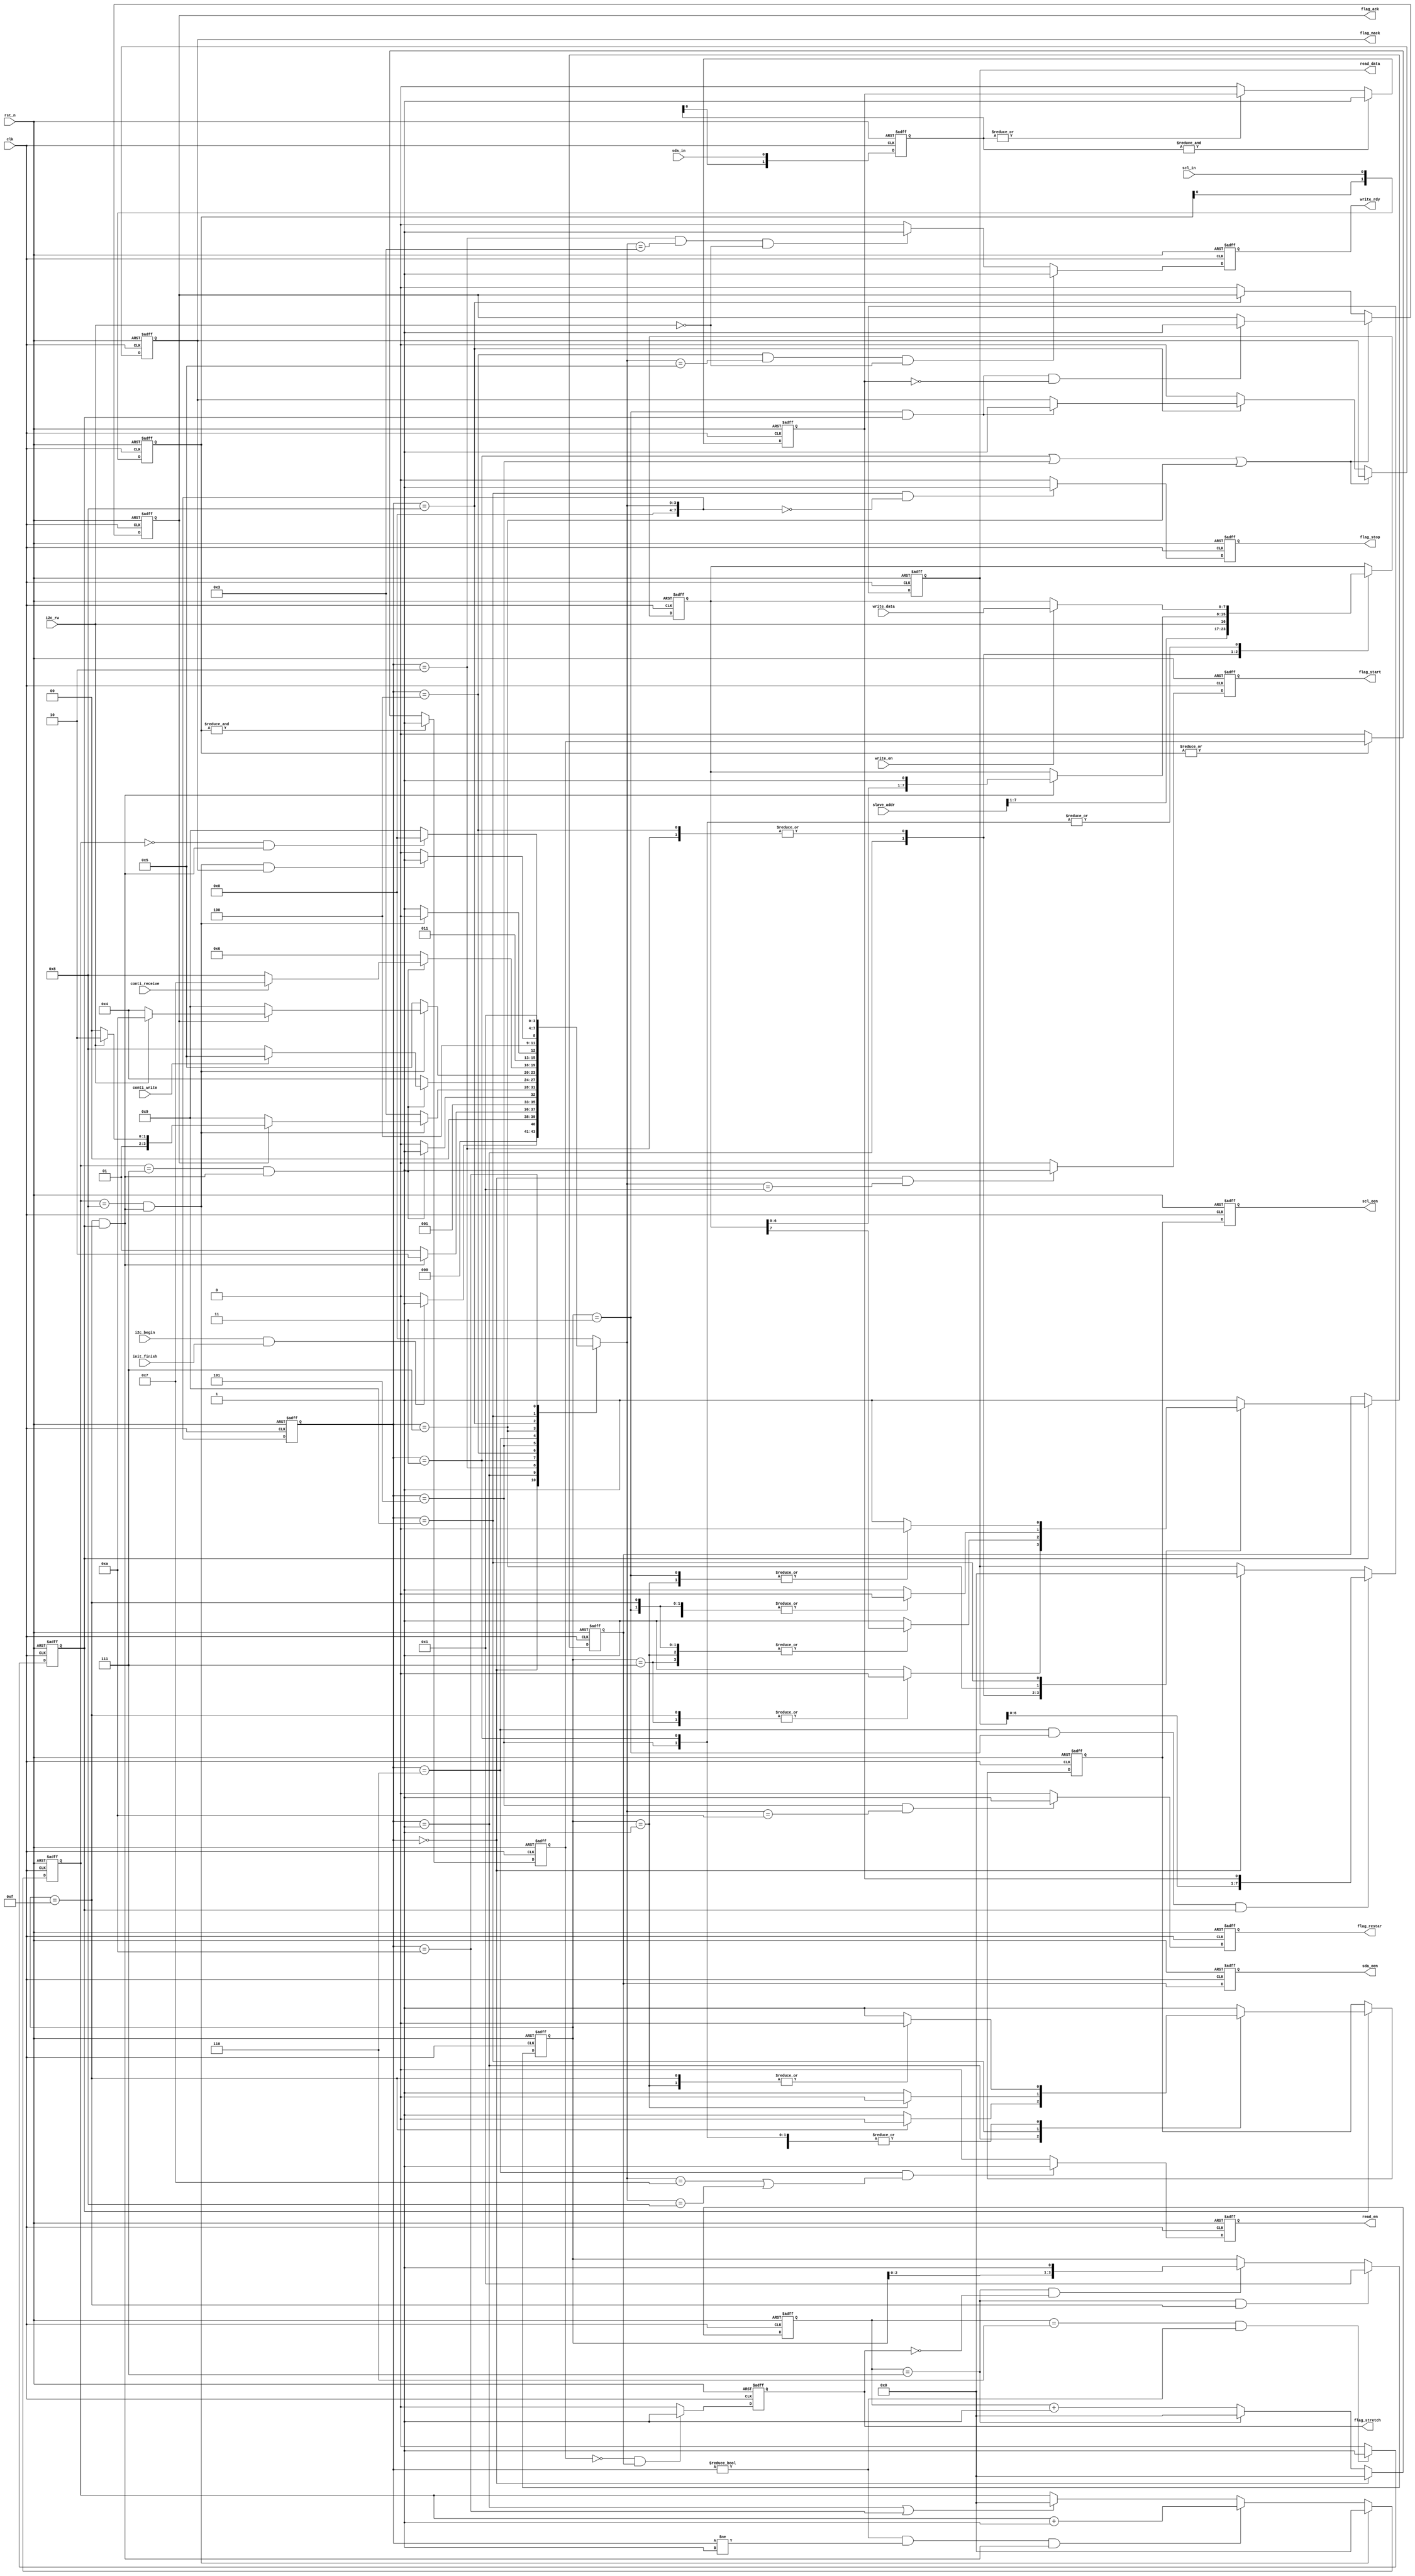
`timescale 1ns/1ns

module i2c_master
#(
    parameter FILTER = 1,
    parameter FILTER_WIDTH = 2,
    parameter U_DLY = 1,
    parameter PRESCALER = 7 //400KHz = 2500ns = 1250ns *2 = 83ns *15 *2 = 312.5ns *4 *2 = 4*clk(83ns) *4 *2 = 30*clk(10ns) *4 *2
                            //400KHz = 1250ns *2 = 156.25ns *8 *2 = 2*clk(83ns) *8 *2
)
(
    input   wire        clk           , 
    input   wire        rst_n         ,

    input   wire        init_finish   , //

    input   wire        scl_in        ,
    output  reg         scl_oen       ,
    input   wire        sda_in        ,
    output  reg         sda_oen       ,

    input   wire [7:0]  slave_addr    , //8bit0,i2c_rw
    input   wire        i2c_rw        , //i2c 1 0:
    input   wire        i2c_begin     , //i2c

    input   wire        conti_write   , //
    input   wire        conti_receive , //

    input   wire [7:0]  write_data    , // send data
    input   wire        write_en      , //
    output  reg         write_rdy     , //

    output  reg  [7:0]  read_data     , //
    output  reg         read_en       , //

    output  reg         flag_start    ,
    output  reg         flag_restar   ,
    output  reg         flag_ack      ,
    output  reg         flag_nack     ,
    output  reg         flag_stretch  ,
    output  reg         flag_stop
);

/*
always @(posedge clk or negedge rst_n) 
begin
    if(rst_n == 1'b0) begin
    
    end
    else begin

    end
end
*/

reg [3:0]   i2c_begin_dly ;
reg [3:0]   scl_cnt       ; //scl
reg [7:0]   cnt_clk       ; //scl
reg         clk_en        ; //scl_cnt
reg [7:0]   num_bit       ; //
reg [7:0]   data_send     ; //
reg         scl_oen_pre   ; //scl
reg         sda_oen_pre   ; //sda

wire        scl_filter    ; //scl
wire        sda_filter    ; //sda
wire        i2c_begin_sig ; //i2c
wire        bit_end       ; //i2cbit

reg [7:0]   curr_state    ; // 
reg [7:0]   next_state    ; // 

localparam STATE_IDLE    = 4'h0;
localparam STATE_START   = 4'h1;
localparam STATE_ADDR    = 4'h2;
localparam STATE_ACK0    = 4'h3;
localparam STATE_WR_DAT  = 4'h4;
localparam STATE_ACK1    = 4'h5;
localparam STATE_RD_DAT  = 4'h6;
localparam STATE_ACK2    = 4'h7;
localparam STATE_NACK    = 4'h8;
localparam STATE_STOP    = 4'h9; 
localparam STATE_RESTART = 4'ha;


//**************************************************************************
//                
//**************************************************************************

always @(posedge clk or negedge rst_n) 
begin
    if(rst_n == 1'b0) begin
        curr_state <= #U_DLY STATE_IDLE;
    end
    else begin
        curr_state <= #U_DLY next_state;
    end
end

always @(*) 
begin
    case(curr_state)
        STATE_IDLE: begin //8'h0
            if(i2c_begin_sig == 1'b1 && init_finish==1'b1)
                next_state = STATE_START;
            else
                next_state = STATE_IDLE;
        end
        STATE_START: begin //8'h1
            if(scl_cnt[3:0] == 4'b1111 && clk_en == 1'b1)
                next_state = STATE_ADDR;
            else
                next_state = STATE_START;
        end
        STATE_ADDR: begin //8'h2
            if( num_bit[7:0] == 8'h7 && bit_end == 1'b1)
                next_state = STATE_ACK0;
            else
                next_state =STATE_ADDR;
        end
        STATE_ACK0: begin //8'h3
            if(num_bit[7:0] == 8'h8 && bit_end ==1'b1) begin
                if (flag_ack == 1'b1) begin
                    if(i2c_rw == 1'b0)
                        next_state = STATE_WR_DAT;
                    else    
                        next_state = STATE_RD_DAT;
                end
                else begin
                    next_state = STATE_STOP;
                end
            end
            else begin
                next_state = STATE_ACK0;
            end
        end
        STATE_WR_DAT: begin //8'h4
            if(num_bit[7:0] == 8'h7 && bit_end == 1'b1) begin
                if(conti_write == 1'b1)
                    next_state = STATE_ACK1;
                else
                    next_state = STATE_NACK;
            end
            else
                next_state =STATE_WR_DAT;
        end
        STATE_ACK1: begin //8'h5
            if(num_bit[7:0] == 8'h8 && bit_end ==1'b1) begin 
                if(flag_ack == 1'b1) begin //slave
                    if(i2c_rw == 1'b0) //
                        next_state = STATE_WR_DAT;
                    else //restart
                        next_state = STATE_RESTART;
                end
                else begin //slave
                    next_state = STATE_STOP;
                end
            end
            else begin
                next_state = STATE_ACK1;
            end
        end
        STATE_RD_DAT: begin //8'h6
            if(num_bit[7:0] == 8'h7 && bit_end == 1'b1) begin
                if(conti_receive == 1'b1)
                    next_state = STATE_ACK2;
                else
                    next_state = STATE_NACK;
            end
            else
                next_state = STATE_RD_DAT;
        end
        STATE_ACK2: begin //8'h7
            if(num_bit[7:0] == 8'h8 && bit_end ==1'b1)
                next_state = STATE_RD_DAT;
            else
                next_state = STATE_ACK2;
        end
        STATE_NACK: begin //8'h8
            if(num_bit[7:0]==8'h8 && bit_end ==1'b1 && flag_nack == 1'b1)
                next_state = STATE_STOP;
            else
                next_state = STATE_NACK;
        end
        STATE_STOP: begin //8'h9
            if(num_bit[7:0]==8'h0 && bit_end == 1'b1)
                next_state = STATE_IDLE;
            else
                next_state = STATE_STOP;
        end
        STATE_RESTART: begin //8'ha restartstart
            next_state = STATE_START;
        end
        default: next_state = STATE_IDLE;
    endcase
end


//sclsda
//i2c bitSCLSCL
/*
            ____
      \____/    \
*/
always @(posedge clk or negedge rst_n) 
begin
    if(rst_n == 1'b0) begin
        scl_oen_pre <= #U_DLY 1'b1;
        sda_oen_pre <= #U_DLY 1'b1;
    end
    else if(clk_en == 1'b1) begin
        case(curr_state) 
            STATE_START: begin
                case(scl_cnt[3:0])
                    4'b0001: begin
                        scl_oen_pre <= #U_DLY 1'b1;
                        sda_oen_pre <= #U_DLY 1'b1;
                    end
                    4'b0011: begin
                        scl_oen_pre <= #U_DLY 1'b1;
                        sda_oen_pre <= #U_DLY 1'b1;
                    end
                    4'b0111: begin
                        scl_oen_pre <= #U_DLY 1'b1;
                        sda_oen_pre <= #U_DLY 1'b0;
                    end
                    4'b1111: begin
                        scl_oen_pre <= #U_DLY 1'b0;
                        sda_oen_pre <= #U_DLY 1'b0;
                    end
                    default: begin
                        scl_oen_pre <= #U_DLY 1'b1;
                        sda_oen_pre <= #U_DLY 1'b1;
                    end
                endcase
            end
            STATE_WR_DAT,
            STATE_ADDR: begin
                case(scl_cnt[3:0])
                    4'b0001: begin
                        scl_oen_pre <= #U_DLY 1'b0;
                        sda_oen_pre <= #U_DLY data_send[7];
                    end
                    4'b0011: begin
                        scl_oen_pre <= #U_DLY 1'b1;
                        sda_oen_pre <= #U_DLY data_send[7];
                    end
                    4'b0111: begin
                        scl_oen_pre <= #U_DLY 1'b1;
                        sda_oen_pre <= #U_DLY data_send[7];
                    end
                    4'b1111: begin
                        scl_oen_pre <= #U_DLY 1'b0;
                        sda_oen_pre <= #U_DLY data_send[7];
                    end
                    default: begin
                        scl_oen_pre <= #U_DLY 1'b1;
                        sda_oen_pre <= #U_DLY 1'b1;
                    end
                endcase                
            end
            STATE_NACK,
            STATE_ACK1,
            STATE_ACK0: begin //slave
                case(scl_cnt[3:0])
                    4'b0001: begin
                        scl_oen_pre <= #U_DLY 1'b0;
                        sda_oen_pre <= #U_DLY 1'b1;
                    end
                    4'b0011: begin
                        scl_oen_pre <= #U_DLY 1'b1;
                        sda_oen_pre <= #U_DLY 1'b1;
                    end
                    4'b0111: begin
                        scl_oen_pre <= #U_DLY 1'b1;
                        sda_oen_pre <= #U_DLY 1'b1;
                    end
                    4'b1111: begin
                        scl_oen_pre <= #U_DLY 1'b0;
                        sda_oen_pre <= #U_DLY 1'b1;
                    end
                    default: begin
                        scl_oen_pre <= #U_DLY 1'b1;
                        sda_oen_pre <= #U_DLY 1'b1;
                    end
                endcase    
            end
            STATE_ACK2: begin //master
                case(scl_cnt[3:0])
                    4'b0001: begin
                        scl_oen_pre <= #U_DLY 1'b0;
                        sda_oen_pre <= #U_DLY 1'b1;
                    end
                    4'b0011: begin
                        scl_oen_pre <= #U_DLY 1'b1;
                        sda_oen_pre <= #U_DLY 1'b0;
                    end
                    4'b0111: begin
                        scl_oen_pre <= #U_DLY 1'b1;
                        sda_oen_pre <= #U_DLY 1'b0;
                    end
                    4'b1111: begin
                        scl_oen_pre <= #U_DLY 1'b0;
                        sda_oen_pre <= #U_DLY 1'b0;
                    end
                    default: begin
                        scl_oen_pre <= #U_DLY 1'b1;
                        sda_oen_pre <= #U_DLY 1'b1;
                    end
                endcase    
            end
            STATE_STOP: begin
                case(scl_cnt[3:0])
                    4'b0001: begin
                        scl_oen_pre <= #U_DLY 1'b0;
                        sda_oen_pre <= #U_DLY 1'b0;
                    end
                    4'b0011: begin
                        scl_oen_pre <= #U_DLY 1'b1;
                        sda_oen_pre <= #U_DLY 1'b0;
                    end
                    4'b0111: begin
                        scl_oen_pre <= #U_DLY 1'b1;
                        sda_oen_pre <= #U_DLY 1'b1;
                    end
                    4'b1111: begin
                        scl_oen_pre <= #U_DLY 1'b1;
                        sda_oen_pre <= #U_DLY 1'b1;
                    end
                    default: begin
                        scl_oen_pre <= #U_DLY 1'b1;
                        sda_oen_pre <= #U_DLY 1'b1;
                    end
                endcase    
            end
            STATE_RD_DAT: begin
                case(scl_cnt[3:0])
                    4'b0001: begin
                        scl_oen_pre <= #U_DLY 1'b0;
                        sda_oen_pre <= #U_DLY 1'b1;
                    end
                    4'b0011: begin
                        scl_oen_pre <= #U_DLY 1'b1;
                        sda_oen_pre <= #U_DLY 1'b1;
                    end
                    4'b0111: begin
                        scl_oen_pre <= #U_DLY 1'b1;
                        sda_oen_pre <= #U_DLY 1'b1;
                    end
                    4'b1111: begin
                        scl_oen_pre <= #U_DLY 1'b0;
                        sda_oen_pre <= #U_DLY 1'b1;
                    end
                    default: begin
                        scl_oen_pre <= #U_DLY 1'b1;
                        sda_oen_pre <= #U_DLY 1'b1;
                    end
                endcase
            end
            default: begin
                scl_oen_pre <= #U_DLY 1'b1;
                sda_oen_pre <= #U_DLY 1'b1;
            end
        endcase
    end
end

//**************************************************************************
//                sclsda
//**************************************************************************

always @(posedge clk or negedge rst_n) 
begin
    if(rst_n == 1'b0) begin
        scl_oen <= #U_DLY 1'b1;
        sda_oen <= #U_DLY 1'b1;
    end
    else begin
        scl_oen <= #U_DLY scl_oen_pre;
        sda_oen <= #U_DLY sda_oen_pre;
    end
end

always @(posedge clk or negedge rst_n) 
begin
    if(rst_n == 1'b0) begin
        data_send[7:0] <= #U_DLY 8'h00;
    end
    else begin
        case (curr_state)
            STATE_START: begin 
                data_send[7:0] <= #U_DLY {slave_addr[7:1],i2c_rw};
            end
            STATE_WR_DAT,
            STATE_ADDR: begin
                if(scl_cnt[3:0] == 4'b1111 && clk_en == 1'b1)
                    data_send[7:0] <= #U_DLY {data_send[6:0],1'b1}; 
            end
            STATE_ACK0,
            STATE_ACK1: begin
                if(write_en == 1'b1)
                    data_send[7:0] <= #U_DLY write_data[7:0];
                else
                    data_send[7:0] <= #U_DLY data_send[7:0];
            end
        endcase
    end
end


always @(posedge clk or negedge rst_n) 
begin
    if(rst_n == 1'b0) begin
        write_rdy <= #U_DLY 1'b0;
    end
    else  if(curr_state == STATE_WR_DAT && next_state == STATE_ACK1 && i2c_rw == 1'b0) begin
        write_rdy <= #U_DLY 1'b1;
    end
    else if(curr_state == STATE_ADDR && next_state == STATE_ACK0 && i2c_rw == 1'b0) begin
        write_rdy <= #U_DLY 1'b1;
    end
    else begin
        write_rdy <= #U_DLY 1'b0;
    end
end


//**************************************************************************
//                i2c_begin
//**************************************************************************
assign i2c_begin_sig = i2c_begin;
// assign i2c_begin_sig = (~i2c_begin_dly[3]&i2c_begin_dly[2]);

// always @(posedge clk or negedge rst_n) 
// begin
//     if(rst_n == 1'b0) begin
//         i2c_begin_dly[3:0] <= #U_DLY 4'b0000;
//     end
//     else if(i2c_begin == 1'b1) begin
//         i2c_begin_dly[3:0] <= #U_DLY {i2c_begin_dly[2:0],1'b1};
//     end
//     else begin
//         i2c_begin_dly[3:0] <= #U_DLY {i2c_begin_dly[2:0],1'b0};
//     end
// end


//**************************************************************************
//                scl
//**************************************************************************
always @(posedge clk or negedge rst_n) 
begin
    if(rst_n == 1'b0) begin
        cnt_clk[7:0] <= #U_DLY 8'h00;
    end
    else if(curr_state == STATE_IDLE) begin
        cnt_clk[7:0] <= #U_DLY 8'h00;
    end    
    else if(cnt_clk[7:0] == PRESCALER) begin
        cnt_clk[7:0] <= #U_DLY 8'h00;
    end
    else begin
        cnt_clk[7:0] <= #U_DLY cnt_clk[7:0] + 1'b1;
    end
end

always @(posedge clk or negedge rst_n) 
begin
    if(rst_n == 1'b0) begin
        clk_en <= #U_DLY 1'b0;
    end
    else if(cnt_clk[7:0] == PRESCALER-1'b1 && curr_state != STATE_IDLE) begin
        clk_en <= #U_DLY 1'b1;
    end
    else begin
        clk_en <= #U_DLY 1'b0;
    end
end

always @(posedge clk or negedge rst_n) 
begin
    if(rst_n == 1'b0) begin
        scl_cnt[3:0] <= #U_DLY 4'b0001;
    end
    else if(cnt_clk[7:0] == PRESCALER && scl_cnt[3:0] == 4'b1111) begin
        scl_cnt[3:0] <= #U_DLY 4'b0001;
    end
    else if(cnt_clk[7:0] == PRESCALER && ~flag_stretch) begin //clock strechingclock streching
        scl_cnt[3:0] <= #U_DLY {scl_cnt[2:0],1'b1};
    end
    else begin
        scl_cnt[3:0] <= #U_DLY scl_cnt[3:0];
    end
end

//**************************************************************************
//                sda
//**************************************************************************

assign bit_end = (scl_cnt[3:0] == 4'b1111 && clk_en);

always @(posedge clk or negedge rst_n) 
begin
    if(rst_n == 1'b0) begin
        num_bit[7:0] <= #U_DLY 8'h00;
    end
    else if(num_bit[7:0] == 8'h8 && bit_end == 1'b1 ) begin
        num_bit[7:0] <= #U_DLY 8'h0;
    end
    else if( curr_state != STATE_IDLE && curr_state != STATE_START && bit_end == 1'b1) begin
        num_bit[7:0] <= #U_DLY num_bit[7:0] + 1'b1;
    end 
    else if(curr_state == STATE_START || curr_state == STATE_RESTART) begin
        num_bit[7:0] <= #U_DLY 8'h0;
    end
end

//**************************************************************************
//                sda_inscl_in scl_filter
//**************************************************************************
generate
    if(FILTER == 1'b1) begin
        reg sda_filter_reg;
        reg scl_filter_reg;

        assign sda_filter = sda_filter_reg;
        assign scl_filter = scl_filter_reg;

        reg [FILTER_WIDTH-1:0] sda_pipe;
        reg [FILTER_WIDTH-1:0] scl_pipe; 

        always @(posedge clk or negedge rst_n) 
        begin
            if(rst_n == 1'b0) begin
                sda_pipe[FILTER_WIDTH-1:0] <= #U_DLY {FILTER_WIDTH{1'b1}};
                scl_pipe[FILTER_WIDTH-1:0] <= #U_DLY {FILTER_WIDTH{1'b1}};

                sda_filter_reg <= #U_DLY 1'b1;
                scl_filter_reg <= #U_DLY 1'b1;
            end
            else begin
                sda_pipe[FILTER_WIDTH-1:0] <= #U_DLY {sda_pipe[FILTER_WIDTH-2:0],sda_in};
                scl_pipe[FILTER_WIDTH-1:0] <= #U_DLY {scl_pipe[FILTER_WIDTH-2:0],scl_in};

                if(&sda_pipe[FILTER_WIDTH-1:0] == 1'b1)
                    sda_filter_reg <=  #U_DLY 1'b1;
                else if(|sda_pipe[FILTER_WIDTH-1:0] == 1'b0)
                    sda_filter_reg <= #U_DLY 1'b0;

                if(&scl_pipe[FILTER_WIDTH-1:0] == 1'b1)
                    scl_filter_reg <=  #U_DLY 1'b1;
                else if(|scl_pipe[FILTER_WIDTH-1:0] == 1'b0)
                    scl_filter_reg <= #U_DLY 1'b0;
            end
        end
    end
    else begin
        assign sda_filter = sda_in;
        assign scl_filter = scl_in;
    end
endgenerate

//**************************************************************************
//                sda
//**************************************************************************
always @(posedge clk or negedge rst_n) 
begin
    if(rst_n == 1'b0) begin
        read_data[7:0] <= #U_DLY 8'h00;
    end
    else if(curr_state == STATE_RD_DAT && scl_cnt[3:0] == 4'b0011 && clk_en == 1'b1) 
        read_data[7:0] <= #U_DLY {read_data[6:0],sda_filter};
    else if(curr_state == STATE_IDLE)
        read_data[7:0] <= #U_DLY 8'h00;
    else
        read_data[7:0] <= #U_DLY read_data[7:0];
end

always @(posedge clk or negedge rst_n) 
begin
    if(rst_n == 1'b0) begin
        read_en <= #U_DLY 1'b0;
    end
    else if(curr_state == STATE_RD_DAT && (next_state == STATE_ACK2 || next_state == STATE_NACK))
        read_en <= #U_DLY 1'b1;
    else
        read_en <= #U_DLY 1'b0;
end


//**************************************************************************
//                flag
//**************************************************************************

always @(posedge clk or negedge rst_n) 
begin
    if(rst_n == 1'b0) begin
        flag_ack <= #U_DLY 1'b0;
        flag_nack <= #U_DLY 1'b0;
    end
    else if (
            (curr_state == STATE_ACK0 ) ||
            (curr_state == STATE_ACK1 ) ||
            (curr_state == STATE_ACK2 )
    ) begin
        if(scl_cnt[3:0] == 4'b0011 && clk_en == 1'b1 && sda_filter == 1'b0)
            flag_ack <= #U_DLY 1'b1;
    end
    else if(curr_state == STATE_NACK) begin
        if(scl_cnt[3:0] == 4'b0011 && clk_en == 1'b1)
            flag_nack <= #U_DLY 1'b1;
    end
    else begin
        flag_ack <= #U_DLY 1'b0;
        flag_nack <= #U_DLY 1'b0;
    end
end

always @(posedge clk or negedge rst_n) 
begin
    if(rst_n == 1'b0) begin
        flag_start <= #U_DLY 1'b0;
    end
    else if(curr_state == STATE_IDLE && next_state == STATE_START)
        flag_start <= #U_DLY 1'b1;
    else
        flag_start <= #U_DLY 1'b0;
end

always @(posedge clk or negedge rst_n) 
begin
    if(rst_n == 1'b0) begin
        flag_stop <= #U_DLY 1'b0;
    end
    else if(curr_state == STATE_STOP && next_state == STATE_IDLE)
        flag_stop <= #U_DLY 1'b1;
    else   
        flag_stop <= #U_DLY 1'b0;
end

always @(posedge clk or negedge rst_n) 
begin
    if(rst_n == 1'b0) begin 
        flag_restar <= #U_DLY 1'b0;
    end
    else if(curr_state == STATE_ACK1 && next_state == STATE_RESTART)
        flag_restar <= #U_DLY 1'b1;
    else
        flag_restar <= #U_DLY 1'b0;
end

always @(posedge clk or negedge rst_n) 
begin
    if(rst_n == 1'b0) begin 
        flag_stretch <= #U_DLY 1'b0;
    end
    else if(scl_filter == 1'b0 && sda_oen_pre == 1'b1)
        flag_stretch <= #U_DLY 1'b1;
    else
        flag_stretch <= #U_DLY 1'b0;
end


endmodule